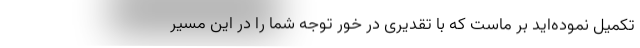
تکمیل نموده‌اید بر ماست که با تقدیری در خور توجه شما را در این مسیر